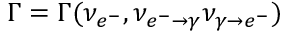
\Gamma = \Gamma ( \nu _ { e ^ { - } } , \nu _ { e ^ { - } \rightarrow \gamma } \nu _ { \gamma \rightarrow e ^ { - } } )